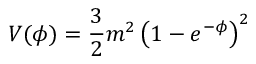
V ( \phi ) = \frac { 3 } { 2 } m ^ { 2 } \left( 1 - e ^ { - \phi } \right) ^ { 2 }